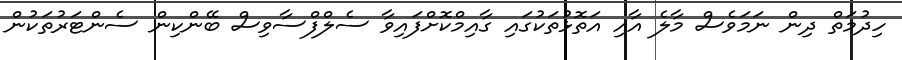
ހިދުމަތް ދިން ނަމަވެސް މާލެ އާއި އަތޮޅުތަކުގައި ގާއިމްކޮށްފައިވާ ސެލްފްސާވިސް ބޭންކިން ސެންޓަރުތަކުން